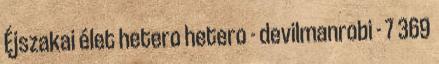
Éjszakai élet hetero hetero - devilmanrobi - 7 369